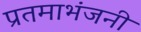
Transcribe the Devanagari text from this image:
प्रतमाभंजनी